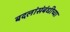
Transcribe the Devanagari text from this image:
बदलांसंबंधीच्या